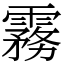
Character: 霧